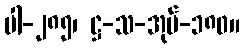
ပါ-၂၈၅၊ ဋ္ဌ-သ-အုပ်-၁၈၀။